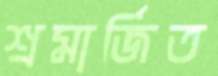
শ্রমার্জিত